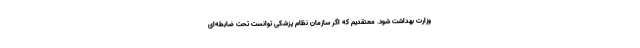
وزارت بهداشت شود. معتقدیم که اگر سازمان نظام پزشکی توانست تحت ضابطه‌ای